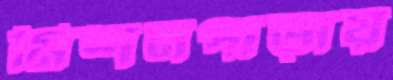
মিশনপাড়ায়